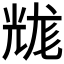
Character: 𰃐